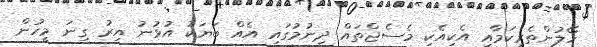
ހޭލުންތެރިކަމާއި އެކިއެކި މެސެޖްތައް ދިނުމުގައި އެއް ބަޔަކު އުޅުނު އިރު ގިނަ މީހުން